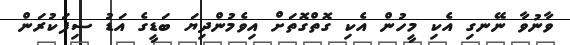
ވާނުވާ ނޭނގި އެކި މީހުން އެކި ގޮތްގޮތަށް އިވެމުންދިޔަ ބަޑީގެ އަޑު ސިފަކުރަން